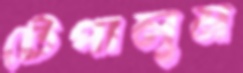
টেপালুম